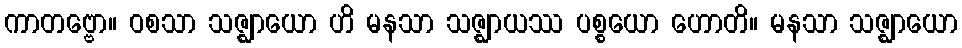
ကာတဗ္ဗော။ ဝစသာ သဇ္ဈာယော ဟိ မနသာ သဇ္ဈာယဿ ပစ္စယော ဟောတိ။ မနသာ သဇ္ဈာယော